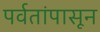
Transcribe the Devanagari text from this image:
पर्वतांपासून